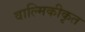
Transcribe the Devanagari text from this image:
वाल्मिकीकृत